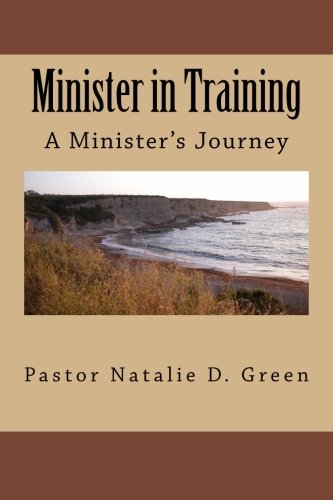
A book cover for Minister in Training: A Minister's Journey; Pastor Natalie D Green; Christian Books & Bibles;